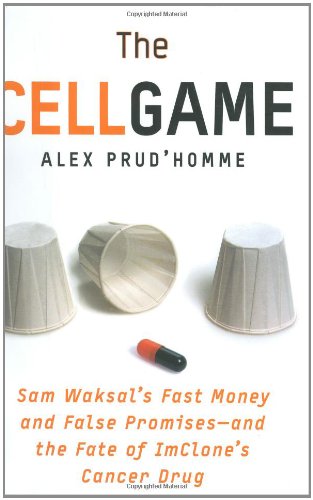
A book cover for The Cell Game: Sam Waksal's Fast Money and False Promises--and the Fate of ImClone's Cancer Drug; Alex Prud'homme; Medical Books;